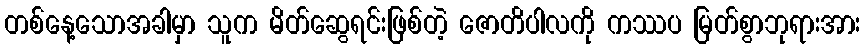
တစ်နေ့သောအခါမှာ သူက မိတ်ဆွေရင်းဖြစ်တဲ့ ဇောတိပါလကို ကဿပ မြတ်စွာဘုရားအား